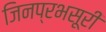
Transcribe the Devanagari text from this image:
जिनप्रभसूरी